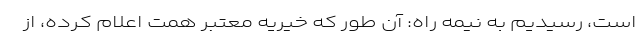
است، رسیدیم به نیمه راه: آن طور که خیریه معتبر همت اعلام کرده، از